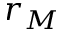
r _ { M }